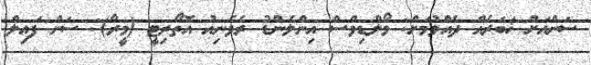
ސަންއަށް ޚަބަރެއް ދެއްވުމަށް: މޯލްޑިވްސް އިންލެންޑު ރެވެނިއު އޮތޯރިޓީ (މީރާ): ސަން ފައިލް